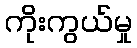
ကိုးကွယ်မှု